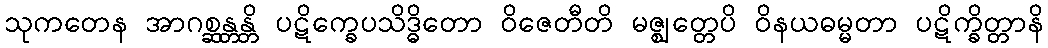
သုကတေန အာဂစ္ဆန္တန္တိ ပဋိက္ခေပသိဒ္ဓိတော ဝိဇေတီတိ မဇ္ဈတ္တေပိ ဝိနယဓမ္မတာ ပဋိက္ခိတ္တာနိ